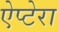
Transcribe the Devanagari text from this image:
ऐप्टेरा